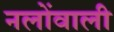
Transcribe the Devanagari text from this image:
नलोंवाली